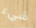
شيء